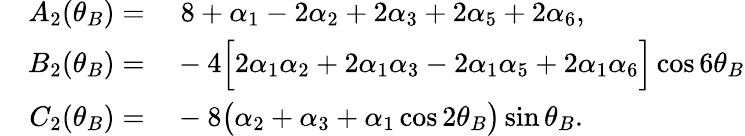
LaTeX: \begin{array}{rl}{\quad A_{2}(\theta_{B})=}&{{}\; 8+\alpha_{1}-2\alpha_{2}+2\alpha_{3}+2\alpha_{5}+2\alpha_{6},}\\ {B_{2}(\theta_{B})=}&{{}-4\Big[2\alpha_{1}\alpha_{2}+2\alpha_{1}\alpha_{3}-2\alpha_{1}\alpha_{5}+2\alpha_{1}\alpha_{6}\Big]\cos{6\theta_{B}}}\\ {C_{2}(\theta_{B})=}&{{}-8\big(\alpha_{2}+\alpha_{3}+\alpha_{1}\cos{2\theta_{B}}\big)\sin{\theta_{B}}.}\end{array}